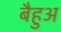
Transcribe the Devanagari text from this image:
बैहुअ